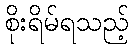
စိုးရိမ်ရသည့်